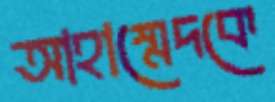
আহাম্মেদকে